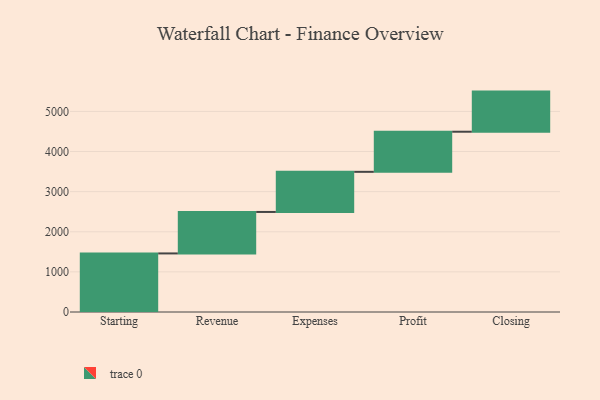
{"axis": {"x": "Step", "y": "Value"}, "legend": [""], "data": [{"x": "Starting", "y": 1460.0, "type": ""}, {"x": "Revenue", "y": 1034.0, "type": ""}, {"x": "Expenses", "y": 1000, "type": ""}, {"x": "Profit", "y": 1000, "type": ""}, {"x": "Closing", "y": 1000, "type": ""}]}